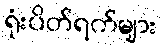
ရုံးပိတ်ရက်များ